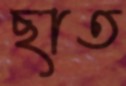
ছাত